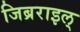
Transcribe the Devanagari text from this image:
जिब्रराइल्